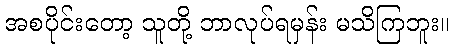
အစပိုင်းတော့ သူတို့ ဘာလုပ်ရမှန်း မသိကြဘူး။